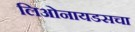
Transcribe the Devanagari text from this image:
लिओनायडसचा